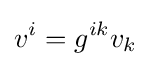
v^{i}=g^{ik}v_{k}